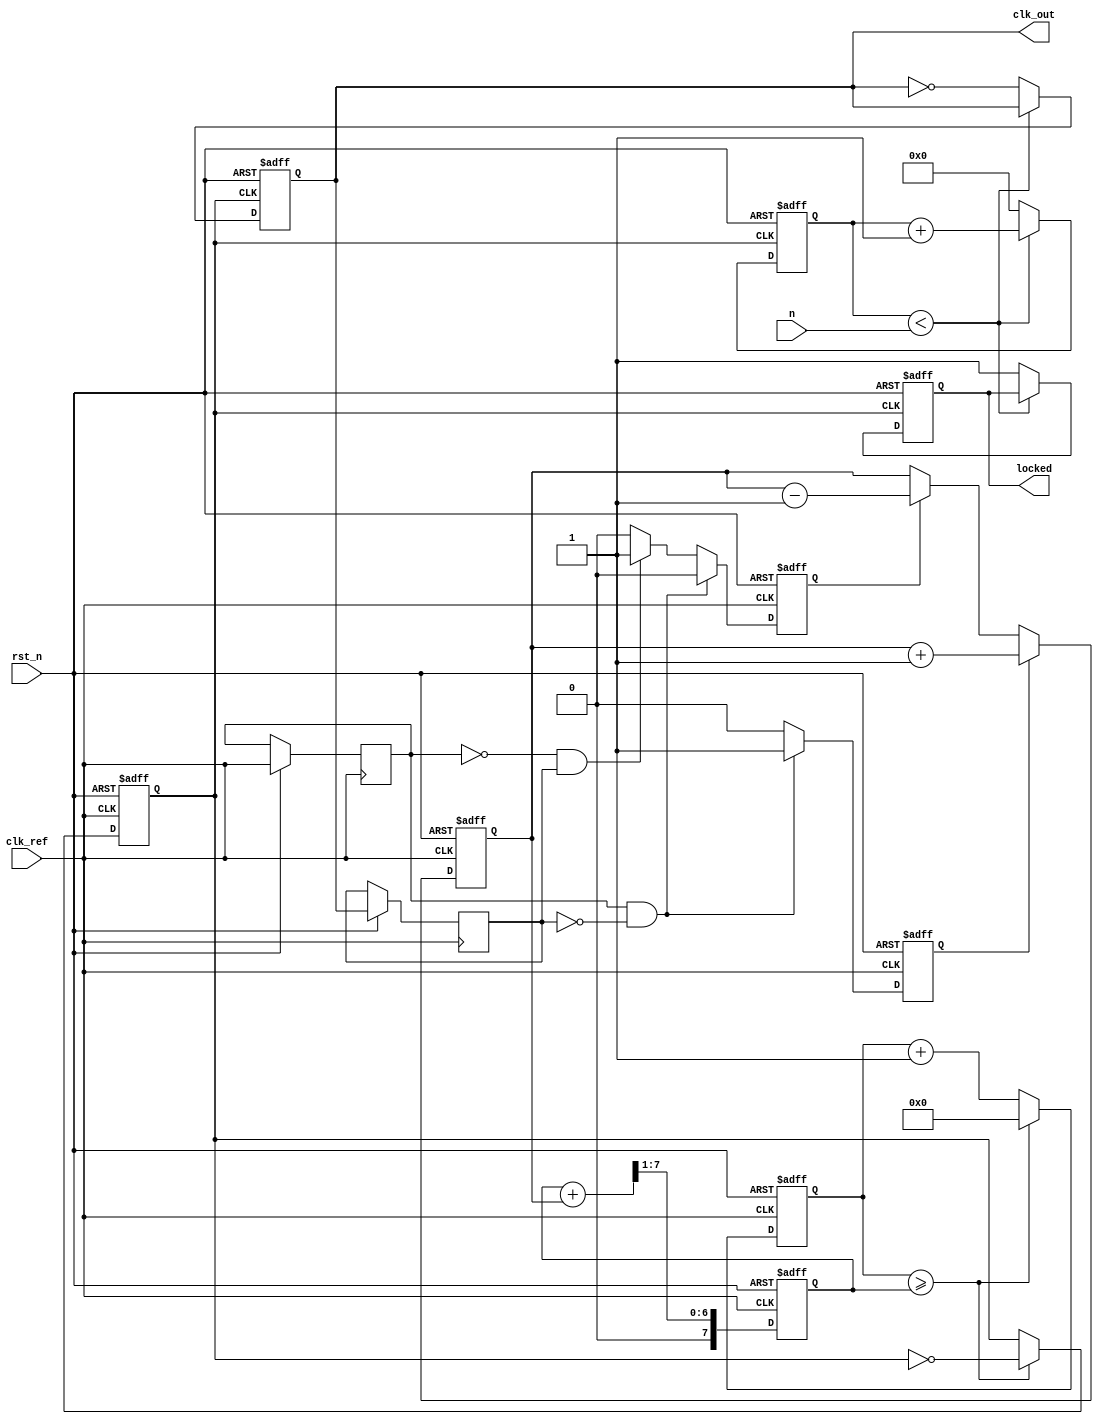
module integer_n_pll (
    input wire clk_ref,           // Reference clock input
    input wire rst_n,             // Active low reset
    input wire [3:0] n,           // Division factor N
    output reg clk_out,           // Output clock
    output reg locked             // Lock indicator
);

    // Phase Frequency Detector
    reg pfd_up, pfd_down;
    reg pfd_ref_d, pfd_vco_d;

    always @(posedge clk_ref or negedge rst_n) begin
        if (!rst_n) begin
            pfd_up <= 0;
            pfd_down <= 0;
        end else begin
            pfd_ref_d <= clk_ref;
            pfd_vco_d <= clk_out;

            if (pfd_ref_d && !pfd_vco_d) begin
                pfd_up <= 1;
                pfd_down <= 0;
            end else if (!pfd_ref_d && pfd_vco_d) begin
                pfd_up <= 0;
                pfd_down <= 1;
            end else begin
                pfd_up <= 0;
                pfd_down <= 0;
            end
        end
    end

    // Charge Pump
    reg [7:0] control_voltage;
    
    always @(posedge clk_ref or negedge rst_n) begin
        if (!rst_n) begin
            control_voltage <= 8'b0;
        end else begin
            if (pfd_up) begin
                control_voltage <= control_voltage + 1; // Increase voltage
            end else if (pfd_down) begin
                control_voltage <= control_voltage - 1; // Decrease voltage
            end
        end
    end

    // Loop Filter (simple first-order filter)
    reg [7:0] filtered_voltage;
    
    always @(posedge clk_ref or negedge rst_n) begin
        if (!rst_n) begin
            filtered_voltage <= 8'b0;
        end else begin
            filtered_voltage <= (filtered_voltage + control_voltage) >> 1; // Simple averaging
        end
    end

    // Voltage-Controlled Oscillator (VCO)
    reg [7:0] vco_count;
    reg vco_clk;

    always @(posedge clk_ref or negedge rst_n) begin
        if (!rst_n) begin
            vco_count <= 8'b0;
            vco_clk <= 0;
        end else begin
            vco_count <= vco_count + 1;
            if (vco_count >= filtered_voltage) begin
                vco_clk <= ~vco_clk;
                vco_count <= 8'b0;
            end
        end
    end

    // Divider (N-divider)
    reg [3:0] div_count;

    always @(posedge vco_clk or negedge rst_n) begin
        if (!rst_n) begin
            div_count <= 0;
            clk_out <= 0;
            locked <= 0;
        end else begin
            if (div_count < n) begin
                div_count <= div_count + 1;
            end else begin
                div_count <= 0;
                clk_out <= ~clk_out; // Toggle output clock
                locked <= 1; // Indicate PLL is locked
            end
        end
    end

endmodule